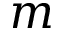
\boldsymbol { m }